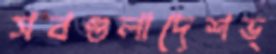
সবগুলাদেশভ্